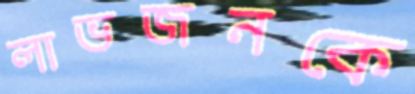
লাভজনকে